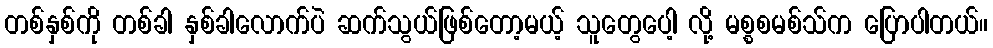
တစ်နှစ်ကို တစ်ခါ နှစ်ခါလောက်ပဲ ဆက်သွယ်ဖြစ်တော့မယ့် သူတွေပေါ့ လို့ မစ္စစမစ်သ်က ပြောပါတယ်။